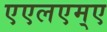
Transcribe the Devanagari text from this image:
एएलएम्ए